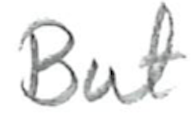
Text: But
Cross-out: clean
Writing tool: pencil